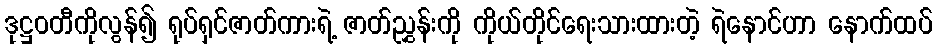
ဒုဋ္ဌဝတီကိုလွန်၍ ရုပ်ရှင်ဇာတ်ကားရဲ့ ဇာတ်ညွှန်းကို ကိုယ်တိုင်ရေးသားထားတဲ့ ရဲနောင်ဟာ နောက်ထပ်